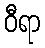
ဝီရာ